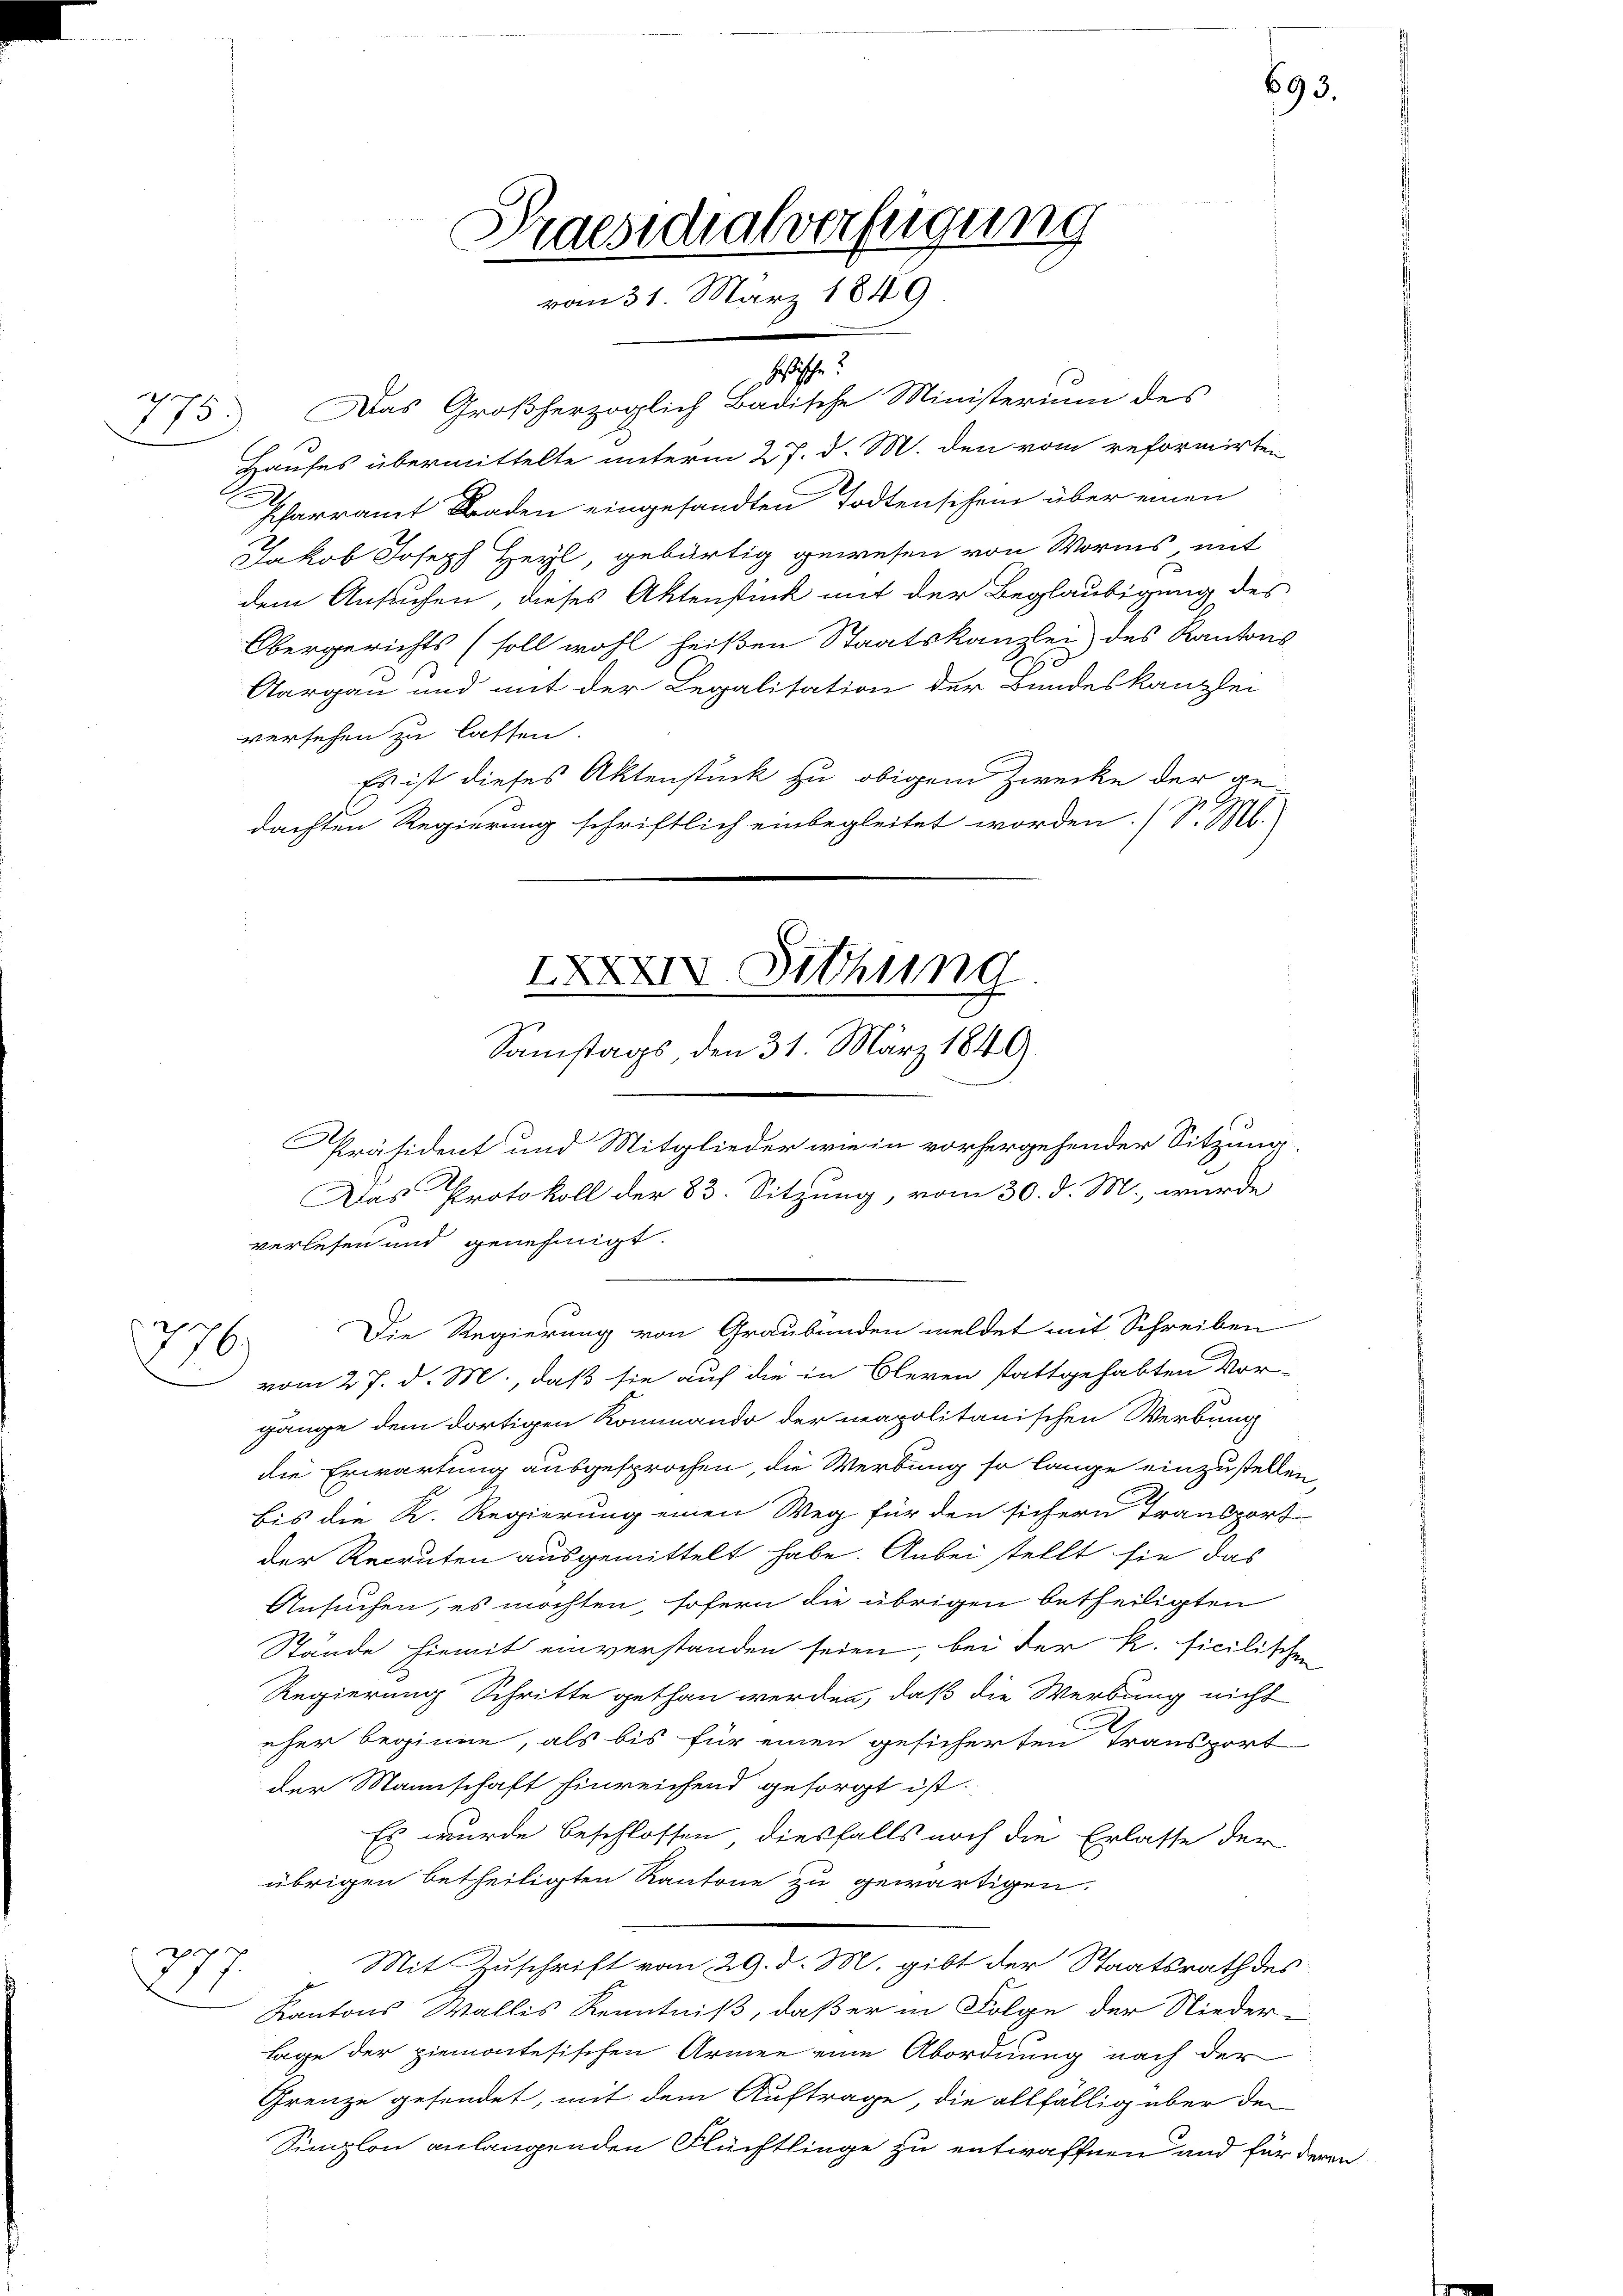
h

776.

73. Das Großherzoglich Badische Ministerium des
Hauses übermittelte unterm 27. d. M. den vom reformirten
Pfarramt Baden eingesandten Todtenschein über einen
Jakob Joseph Heyl, gebürtig gewesen von Worms, mit
dem Ansuchen, dieses Aktenstück mit der Beglaubigung des
Obergerichts (soll wohl heißen Staatskanzlei des Kantons
Aargau und mit der Legalitation der Bundeskanzlei
versehen zu lassen.
Es ist dieses Aktenstück zu obigem Zwecke der gedachten Regierung schriftlich einbegleitet worden. (S. M.

Praesidialverfügung
vom 31. März 1849

Heßische

XXXXIV. Sitzung
Samstags den 31. März 1849.

Das Protokoll der 83. Sitzung, vom 30. d. M. wurde

693.

Präsident und Mitglieder wie in vorhergehender Sitzung
verlesen und genehmigt.
Die Regierung von Graubünden meldet mit Schreiben
vom 27. d. M., daß sie auf die in Oleren stattgehabten Vor-
gänge dem dortigen Kommando der neapolitanischen Werbung
die Erwartung ausgesprochen, die Werbung so lange einzustellen
bis die K. Regierung einen Weg für den sichern Transport
der Recruten ausgemittelt habe. Anbei stellt sie das
Ansuchen, es möchten, sofern die übrigen betheiligten
Stände hiemit einverstanden seien, bei der R. ficilischen
Regierung Schritte gethan werden, daß die Werbung nicht
eher beginne, als bis für einen gesicherten Transport
der Mannschaft hinreichend gesorgt ist.
Es wurde beschlossen diesfalls noch die Erlasse der
übrigen betheiligten Kantone zu gewärtigen.
Mit Zuschrift vom 29. d. M. gibt der Staatsrath des
377.
Kantons Wallis Kenntniß, daß er in Folge der Nieder-
lage der ziemontesischen Armee eine Abordnung nach der
Grenze gesendet, mit dem Auftrage, die allfällig über den
Simplon anlangenden Flüchtlinge zu entwaffnen und für deren